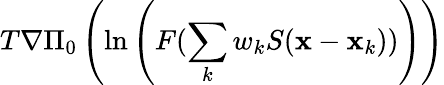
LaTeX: T\nabla\Pi_{0}\left(\ln\left(F(\sum_{k}w_{k}S({\mathbf x}-{\mathbf x}_{k}))\right)\right)